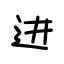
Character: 进